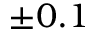
\pm 0 . 1